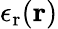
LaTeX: \epsilon_{\mathrm{r}}(\mathbf{r})